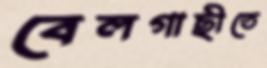
বেলগাছীতে